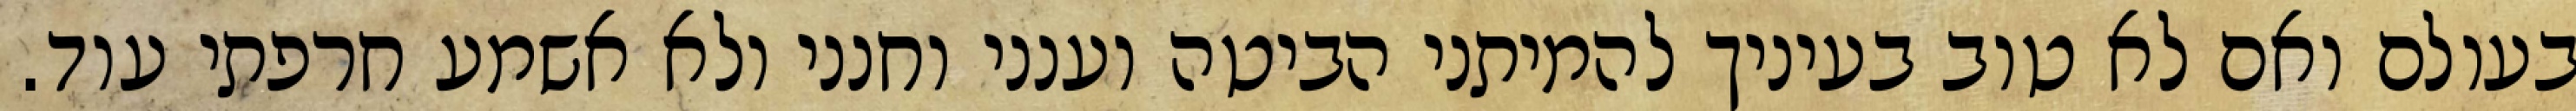
בעולם ואם לא טוב בעיניך להמיתני הביטה וענני וחנני ולא אשמע חרפתי עוד.